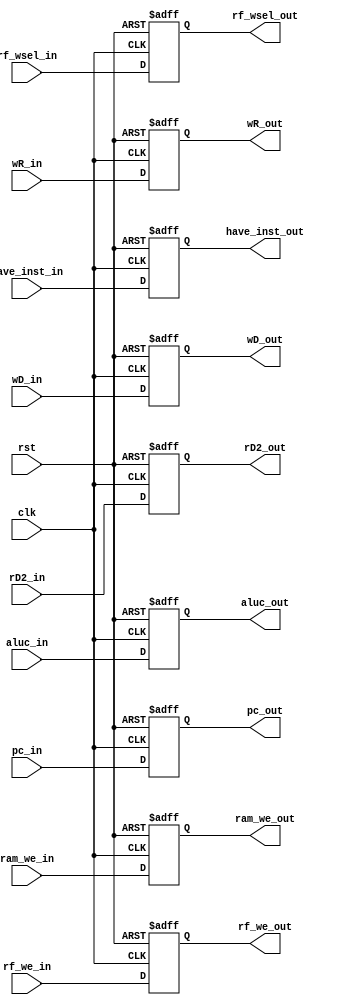
module REG_EX_MEM (
    input wire        clk,
    input wire        rst,

    //
    input wire [31:0] wD_in,
    input wire [4 :0] wR_in,
    input wire [31:0] rD2_in,
    input wire [31:0] pc_in,
    input wire [31:0] aluc_in,
    input wire        have_inst_in,

    output reg [31:0] wD_out,
    output reg [4 :0] wR_out,
    output reg [31:0] rD2_out,
    output reg [31:0] pc_out,
    output reg [31:0] aluc_out,
    output reg        have_inst_out,

    //
    input wire [1 :0] rf_wsel_in,
    input wire        rf_we_in,
    input wire        ram_we_in,
    output reg [1 :0] rf_wsel_out,
    output reg        rf_we_out,
    output reg        ram_we_out
);
    
    //
    always @(posedge clk or posedge rst) begin
        if(rst)           wD_out <= 32'b0;
        else              wD_out <= wD_in;
    end

    always @(posedge clk or posedge rst) begin
        if(rst)           wR_out <= 5'b0;
        else              wR_out <= wR_in;
    end

    always @(posedge clk or posedge rst) begin
        if(rst)           rD2_out <= 32'b0;
        else              rD2_out <= rD2_in;
    end

    always @(posedge clk or posedge rst) begin
        if(rst)           pc_out <= 32'b0;
        else              pc_out <= pc_in;
    end

    always @(posedge clk or posedge rst) begin
        if(rst)           aluc_out <= 32'b0;
        else              aluc_out <= aluc_in;
    end

    always @(posedge clk or posedge rst) begin
        if(rst)           have_inst_out <= 1'b0;
        else              have_inst_out <= have_inst_in;
    end

    //
    always @(posedge clk or posedge rst) begin
        if(rst)           rf_wsel_out <= 2'b0;
        else              rf_wsel_out <= rf_wsel_in;
    end

    always @(posedge clk or posedge rst) begin
        if(rst)           rf_we_out <= 1'b0;
        else              rf_we_out <= rf_we_in;
    end

    always @(posedge clk or posedge rst) begin
        if(rst)           ram_we_out <= 1'b0;
        else              ram_we_out <= ram_we_in;
    end

endmodule